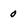
Character: 0